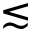
{ \lesssim }